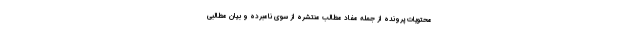
محتویات پرونده از جمله مفاد مطالب منتشره از سوی نامبرده و بیان مطالبی